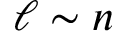
\ell \sim n